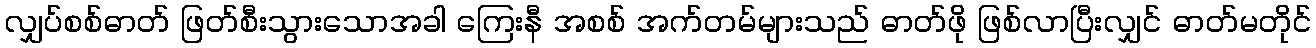
လျှပ်စစ်ဓာတ် ဖြတ်စီးသွားသောအခါ ကြေးနီ အစစ် အက်တမ်များသည် ဓာတ်ဖို ဖြစ်လာပြီးလျှင် ဓာတ်မတိုင်